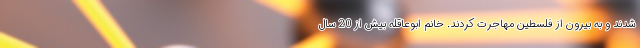
شدند و به بیرون از فلسطین مهاجرت کردند. خانم ابوعاقله بیش از 20 سال